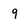
Character: 9